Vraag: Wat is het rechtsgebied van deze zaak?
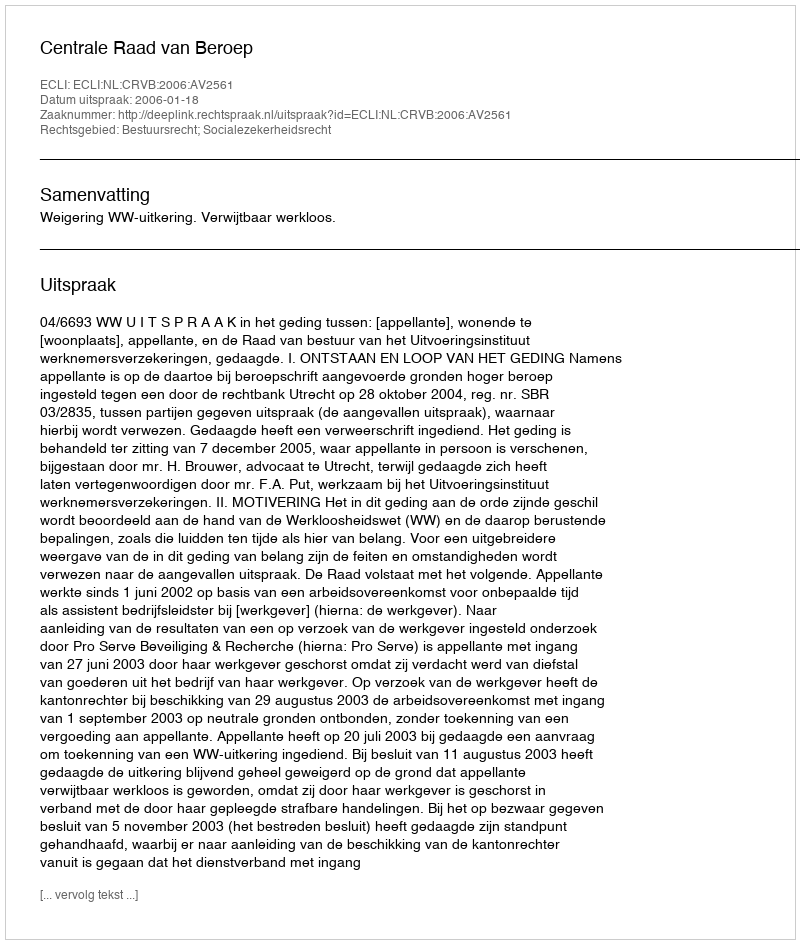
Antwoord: Bestuursrecht; Socialezekerheidsrecht